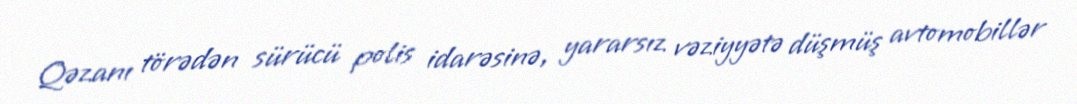
Qəzanı törədən sürücü polis idarəsinə, yararsız vəziyyətə düşmüş avtomobillər